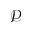
\mathscr { P }